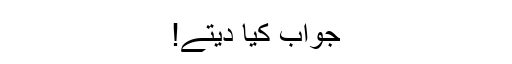
جواب کیا دیتے!